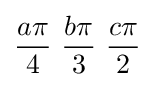
{a\pi  \over 4}\ {b\pi  \over 3}\ {c\pi  \over 2}